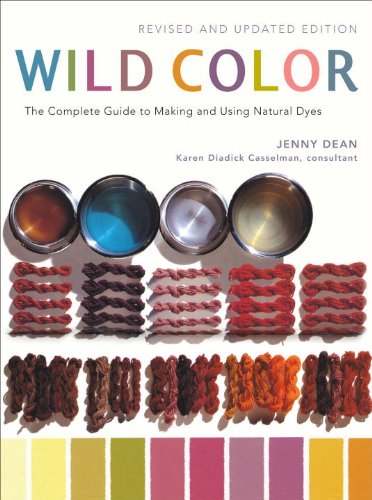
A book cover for Wild Color, Revised and Updated Edition: The Complete Guide to Making and Using Natural Dyes; Jenny Dean; Crafts, Hobbies & Home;